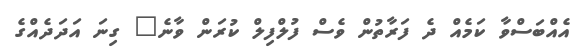
އެއްބަސްވާ ކަމެއް ދެ ފަރާތުން ވެސް ފުލްފިލް ކުރަން ވާނެ" ގިނަ އަދަދެއްގެ